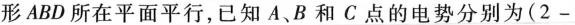
形ABD所在平面平行，已知A、B和C点的电势分别为(2-